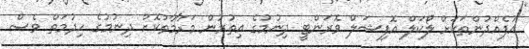
އުފެއްދުންތަކަށް ލޯކަލް އޮފިޝަލް ވޮރަންޓީ ދިނުމުގެ އިތުރުން މަރާމާތުކޮށް ދިނުމުގެ ހިދުމަތް ވެސް